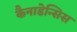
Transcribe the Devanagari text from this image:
कैनाडेन्सिस